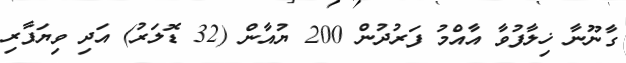
ގާނޫނާ ޚިލާފުވާ އާއްމު ފަރުދުން 200 ޔުއާން (32 ޑޮލަރު) އަދި ވިޔަފާރި